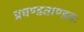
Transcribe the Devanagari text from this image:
प्रचण्डताण्डवः